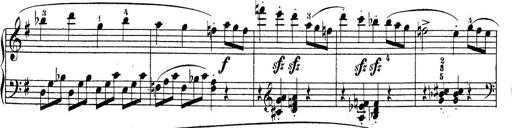
Title: Piano Sonatine No.2
Composer: Peter Piel
Key: G major